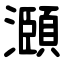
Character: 㶊